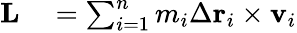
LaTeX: \begin{array}{rl}{\mathbf{L}}&{{}=\sum_{i=1}^{n}m_{i}\Delta\mathbf{r}_{i}\times\mathbf{v}_{i}}\end{array}